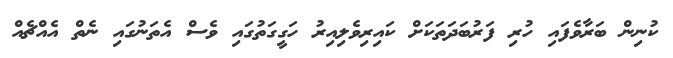
ކުނިން ބަރާވެފައި ހުރި ފަރުބަދަތަކަށް ކައިރިވެލިއިރު ހަގީގަތުގައި ވެސް އެތަނުގައި ނެތް އެއްޗެއް